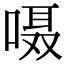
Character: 嗫